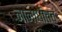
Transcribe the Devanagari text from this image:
नानाधात्व